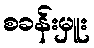
စခန်းမှူး